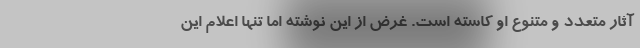
آثار متعدد و متنوع او کاسته است. غرض از این نوشته اما تنها اعلام این